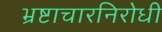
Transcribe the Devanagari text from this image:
भ्रष्टाचारनिरोधी